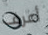
أعرف